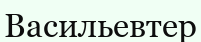
Васильевтер